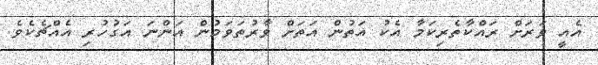
އެއީ ވަރަށް ރައްކާތެރިކަމާ އެކު އަތުން އަތަށް ވާރުތަވަމުން އަންނަ އަގުހުރި އެއްޗެކެވެ.